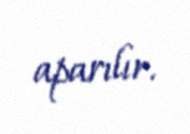
aparılır.